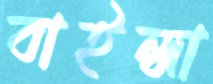
বাইন্ধা